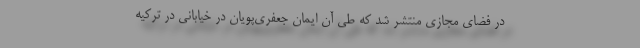
در فضای مجازی منتشر شد که طی آن ایمان جعفری‌پویان در خیابانی در ترکیه